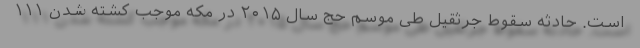
است. حادثه سقوط جرثقیل طی موسم حج سال ۲۰۱۵ در مکه موجب کشته شدن ۱۱۱